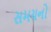
સમયનો